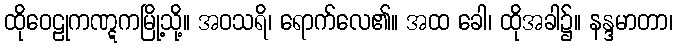
ထိုဝေဠုကဏ္ဋကမြို့သို့။ အဝသရိ၊ ရောက်လေ၏။ အထ ခေါ၊ ထိုအခါ၌။ နန္ဒမာတာ၊